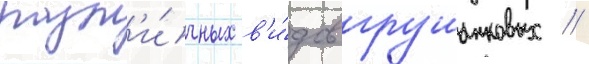
разл'и́чных в'и́дов грушанковых /